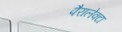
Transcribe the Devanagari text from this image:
पैरालेक्टा